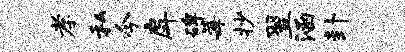
孝私今戽碑莓抄翌涵卦